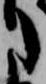
た